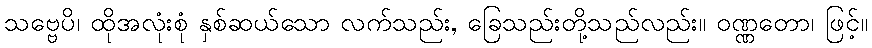
သဗ္ဗေပိ၊ ထိုအလုံးစုံ နှစ်ဆယ်သော လက်သည်း, ခြေသည်းတို့သည်လည်း။ ဝဏ္ဏတော၊ ဖြင့်။